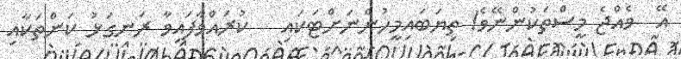
އޭ  ވެއްޖެ މީސްތަކުންނޭވެ! ތިޔަބައިމީހުންނަށްޓަކައި   ކުރައްވާފައިވާ ރަނގަޅު ކަންތަކާއި